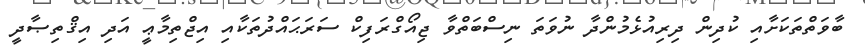
ބާވަތްތަކަށާއި ކުދިން ދިރިއުޅެމުންދާ ނުވަތަ ނިސްބަތްވާ ޖިއޯގްރަފިކް ސަރަޙައްދުތަކާއި އިޖްތިމާޢީ އަދި އިޤްތިޞާދީ